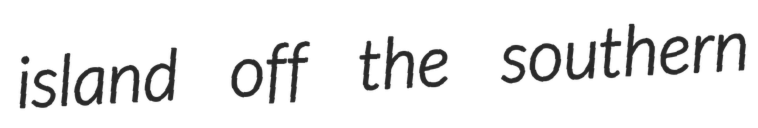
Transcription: island off the southern